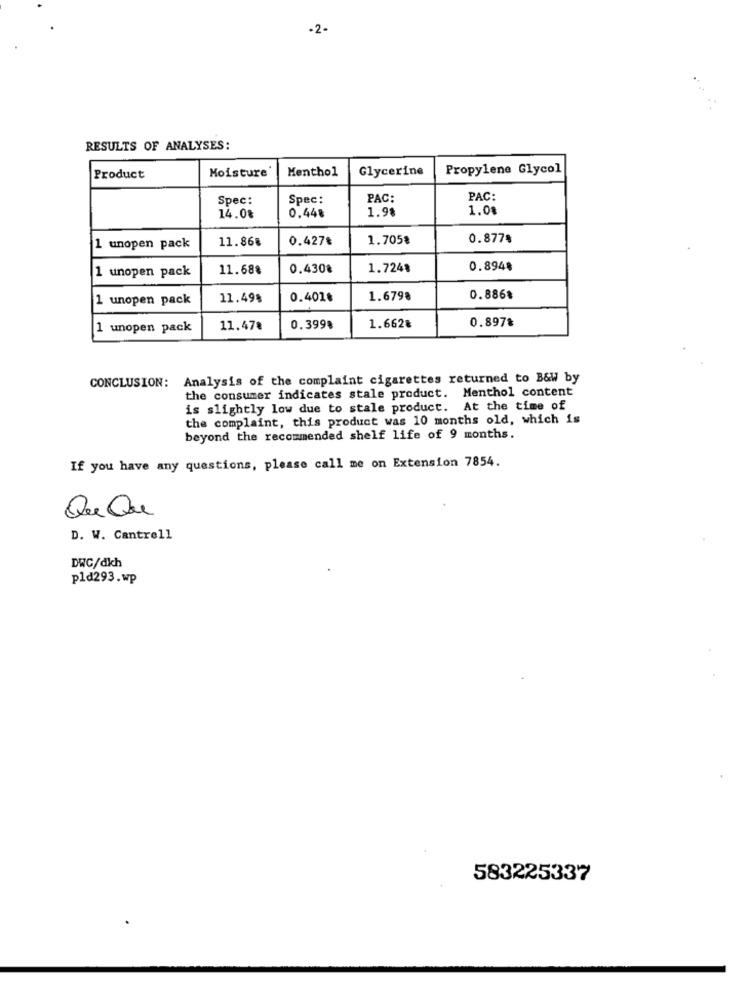
-2-
RESULTS OF ANALYSES:
Moisture
Menthol
Glycerine
Propylene Glycol
Product
Spec:
Spec:
PAC:
PAC:
1.98
1.0%
14.0%
0.448
11.868
0.427₺
1.705%
0.877%
1 unopen pack
1 unopen pack
11.68%
0.430€
1.724%
0.8948
1 unopen pack
11.49%
0.401₺
1.6798
0.886$
0.897%
1 unopen pack
11.47%
0.399%
1.662%
CONCLUSION: Analysis of the complaint cigarettes returned to B&W by
the consumer indicates stale product. Menthol content
is slightly low due to stale product. At the time of
the complaint, this product was 10 months old, which is
beyond the recommended shelf life of 9 months.
If you have any questions, please call me on Extension 7854.
Qu Que
D. W. Cantrell
DWC/dich
pld293.wp
583225337